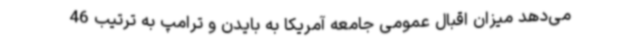
می‌دهد میزان اقبال عمومی جامعه آمریکا به بایدن و ترامپ به ترتیب 46